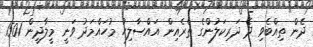
ދެން ތިއްބެވި ދެ ދަރިކަލުންގެ ތެރެއިން އައްސާލިހު މުހައްމަދު ވަނީ މީލާދީން 1501